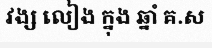
វង្ស លៀង ក្នុង ឆ្នាំ គ.ស